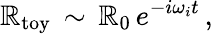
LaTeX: \mathbb{R}_{\mathrm{{toy}}}\, \sim\, \mathbb{R}_{0}\, e^{-i\omega_{i}t}\, ,